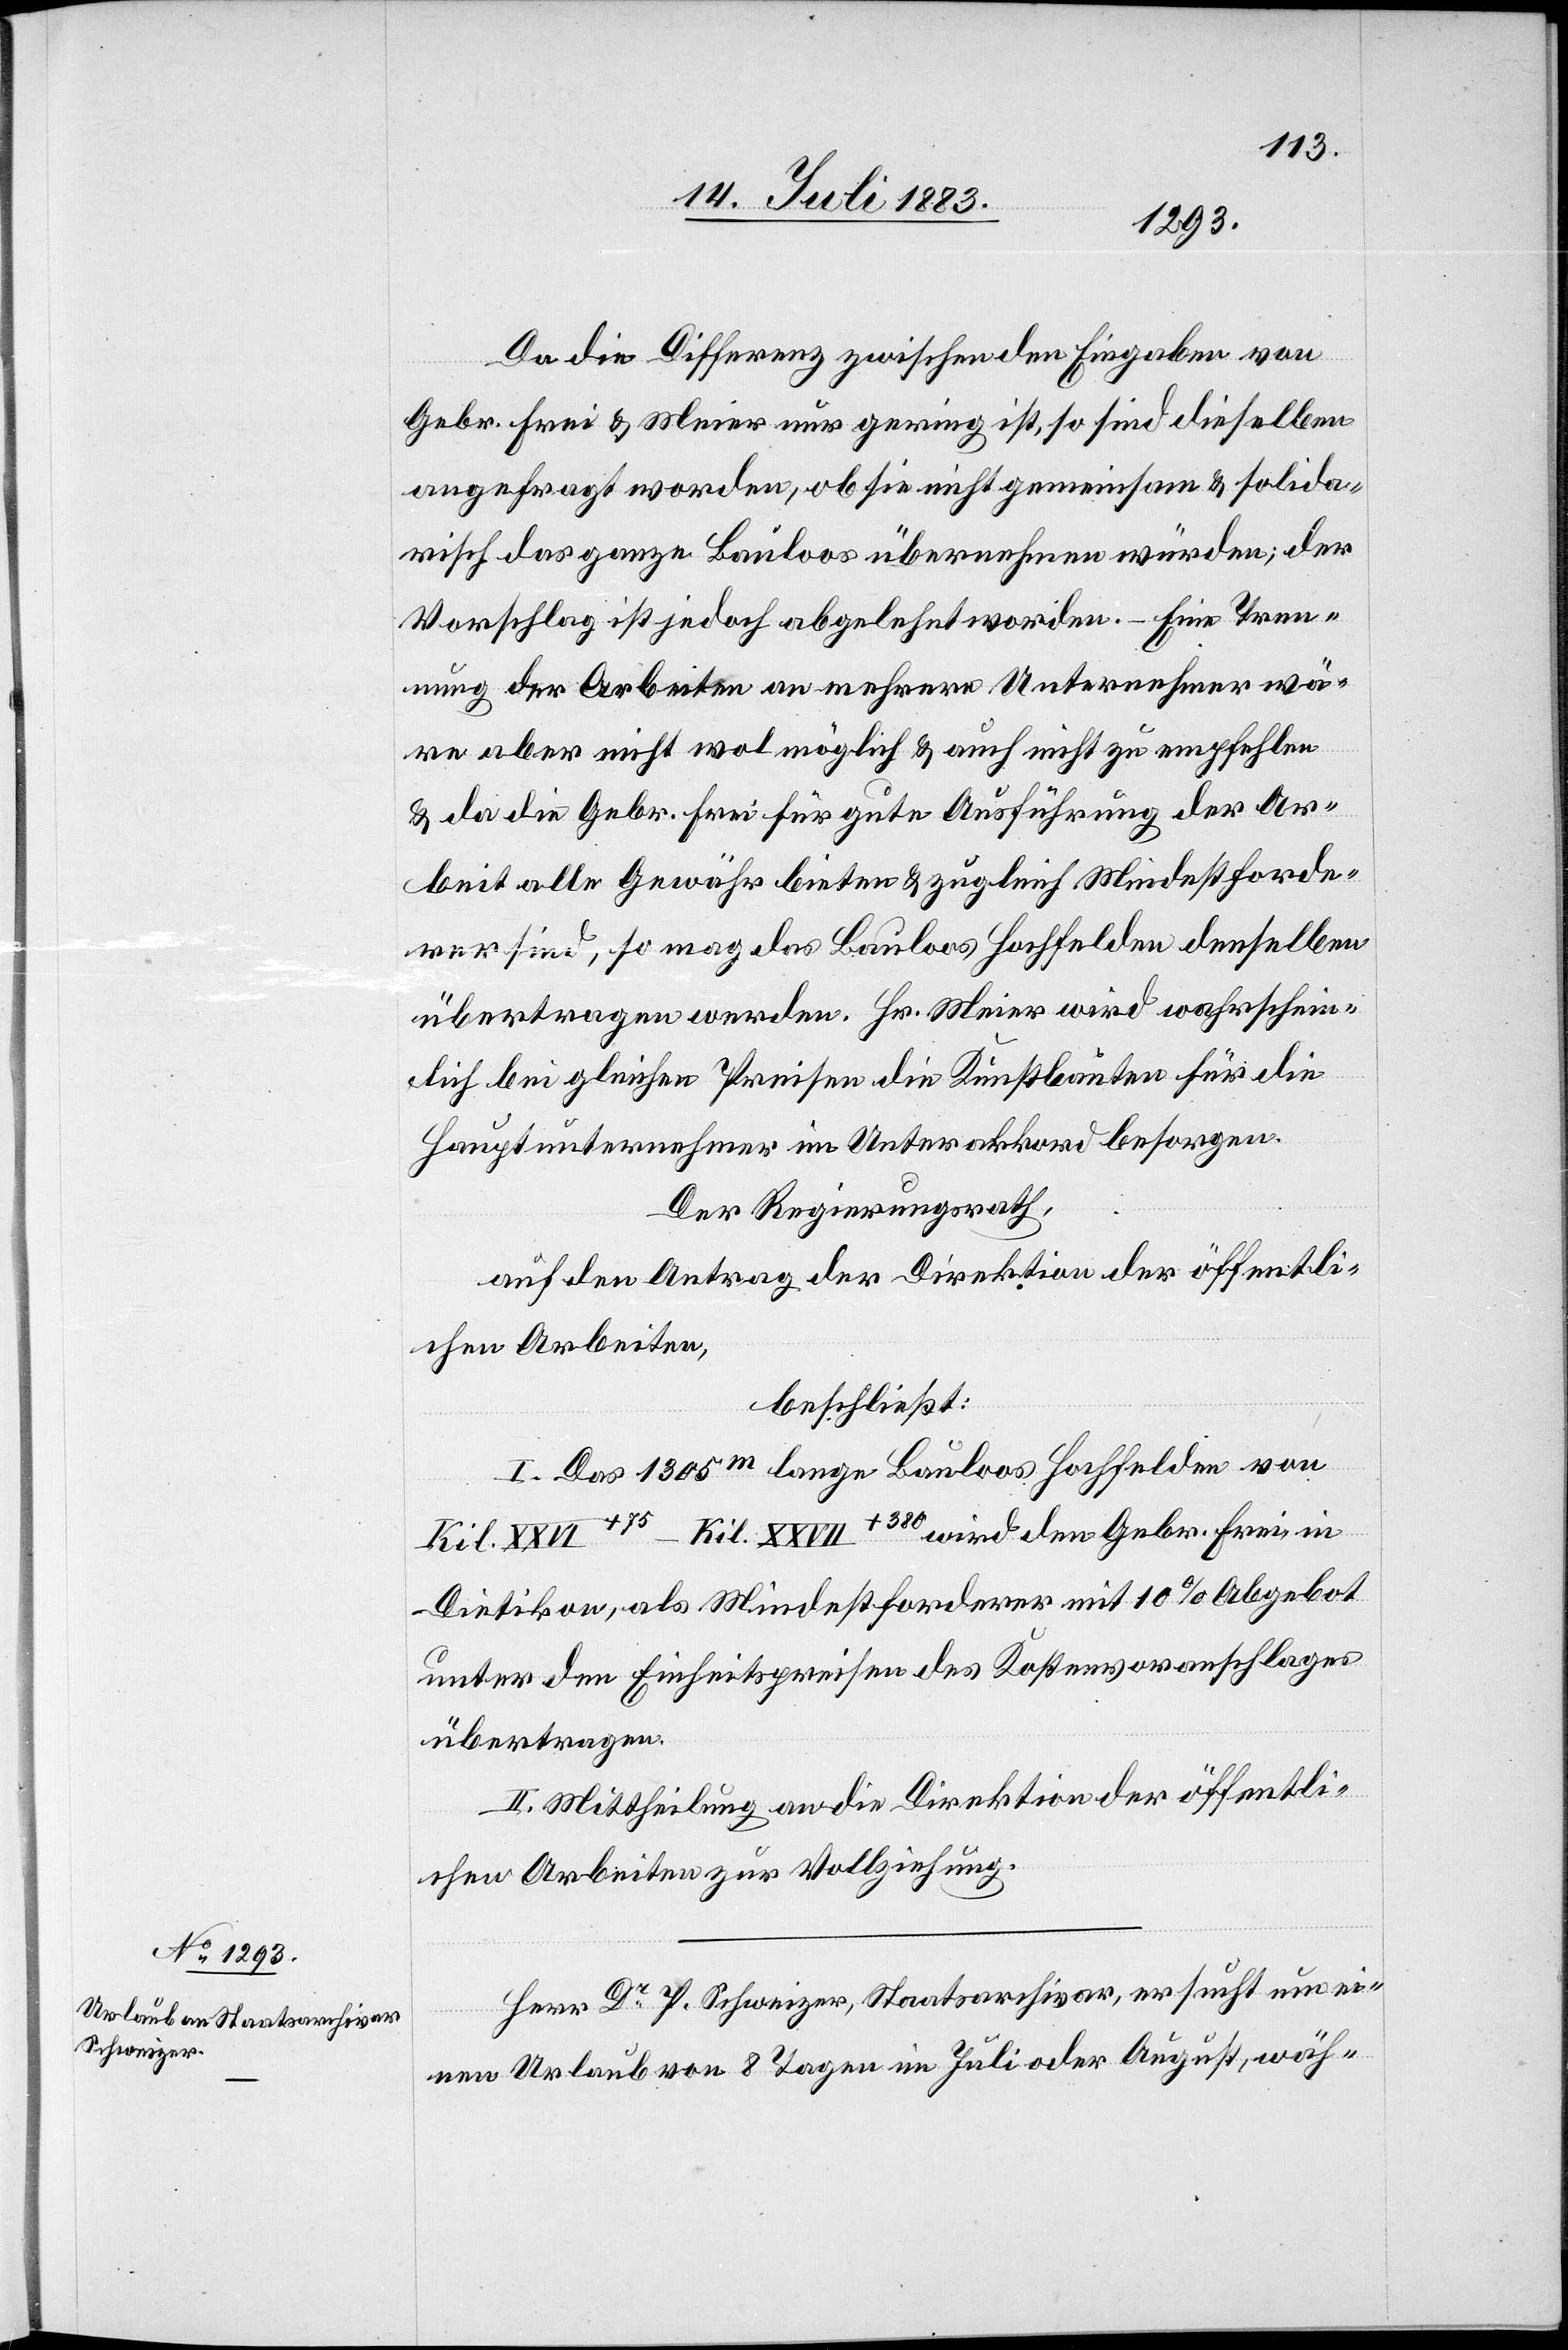
Da die Differenz zwischen den Eingaben von
Gebr. Frei & Meier nur gering ist, so sind dieselben
angefragt worden, ob sie nicht gemeinsam & solida¬
risch das ganze Bauloos übernehmen würden; der
Vorschlag ist jedoch abgelehnt worden. – Eine Tren¬
nung der Arbeiten an mehrere Unternehmen wä¬
re aber nicht wol möglich & auch nicht zu empfehlen
& da die Gebr. Frei für gute Ausführung der Ar¬
beit alle Gewähr bieten & zugleich Mindestforde¬
rer sind, so mag das Bauloos Hochfelden denselben
übertragen werden. Hr. Meier wird wahrschein¬
lich bei gleichen Preisen die Kunstbauten für die
Hauptunternehmer im Unterakkord besorgen.
Der Regierungsrath,
beschließt:
I. Das 1305m lange Bauloos Hochfelden von
Kil. XXVI+75–Kil. XXVII+380 wird den Gebr. Frei in
Dietikon, als Mindestforderer mit 10% Abgebot
unter den Einheitspreisen des Kostenvoranschlages
übertragen.
II. Mittheilung an die Direktion der öffentli¬
chen Arbeiten zur Vollziehung.
Herr Dr P. Schweizer, Staatsarchivar, ersucht um ei¬
nen Urlaub von 8 Tagen im Juli oder August, wäh-